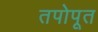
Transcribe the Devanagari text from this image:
तपोपूत